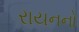
રાયનનો